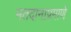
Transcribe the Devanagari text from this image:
मतदानाप्रमाणे